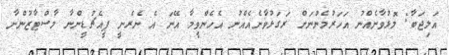
އަލިޖަބާ: މޮޅުވާނެއްނު އަހަރުމެންނަށް ރަގަޅުވާނެއެއްނު އެހެންވީމާ އޭނަ އެ ނެރެނީ ޕީއެޗުޑީންނާ މާސްޓާޒުންނާ